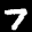
Label: 7